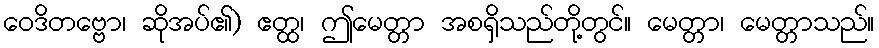
ဝေဒိတဗ္ဗော၊ ဆိုအပ်၏) ဧတ္ထ၊ ဤမေတ္တာ အစရှိသည်တို့တွင်။ မေတ္တာ၊ မေတ္တာသည်။